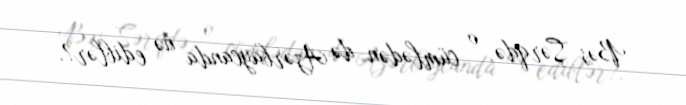
Bəs Şərqdə, o cümlədən də Azərbaycanda nə ediblər?.